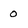
Character: 0